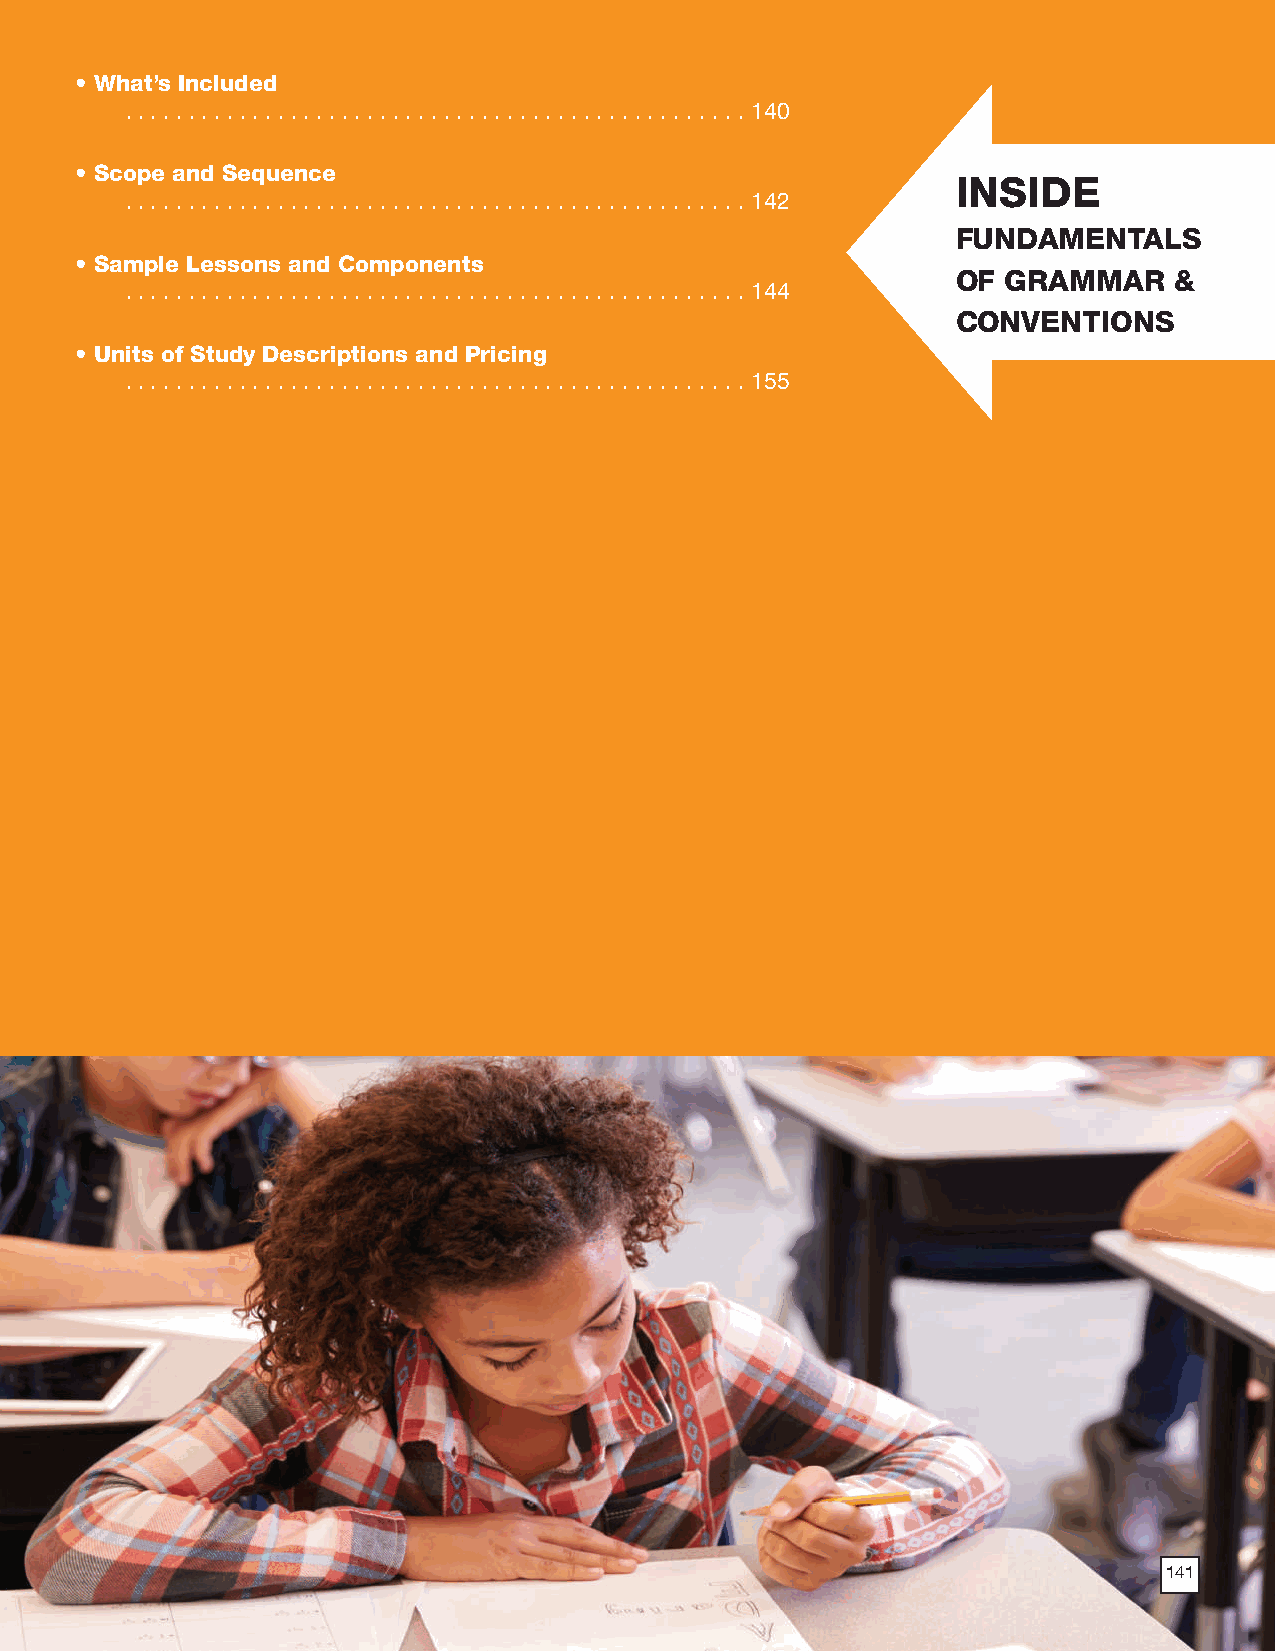
• What’s Included
 .  .  .  .  .  .  .  .  .  .  .  .  .  .  .  .  .  .  .  .  .  .  .  .  .  .  .  .  .  .  .  .  .  .  .  .  .  .  .  .  .  .  .  .  .  .  .  .  . 140
 • Scope and Sequence
 INSIDE
 .  .  .  .  .  .  .  .  .  .  .  .  .  .  .  .  .  .  .  .  .  .  .  .  .  .  .  .  .  .  .  .  .  .  .  .  .  .  .  .  .  .  .  .  .  .  .  .  . 142
 FUNDAMENTALS
 • Sample Lessons and Components
 OF  GRAMMAR    &
 .  .  .  .  .  .  .  .  .  .  .  .  .  .  .  .  .  .  .  .  .  .  .  .  .  .  .  .  .  .  .  .  .  .  .  .  .  .  .  .  .  .  .  .  .  .  .  .  . 144
 CONVENTIONS
 • Units of Study Descriptions and Pricing
 .  .  .  .  .  .  .  .  .  .  .  .  .  .  .  .  .  .  .  .  .  .  .  .  .  .  .  .  .  .  .  .  .  .  .  .  .  .  .  .  .  .  .  .  .  .  .  .  . 155
 141